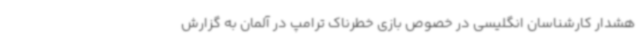
هشدار کارشناسان انگلیسی در خصوص بازی خطرناک ترامپ در آلمان به گزارش